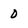
Character: 0